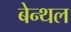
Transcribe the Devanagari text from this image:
बेन्थल